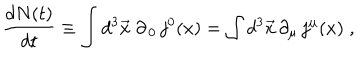
\frac { d N ( t ) } { d t } \equiv \int d ^ { 3 } \vec { x } \; \partial _ { \, 0 } \, j ^ { 0 } ( x ) = \int d ^ { 3 } \vec { x } \, \partial _ { \mu } \, j ^ { \mu } ( x ) \; ,